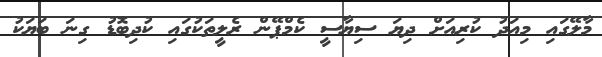
މާލޭގައި މިއަދު ކުރިއަށް ދިޔަ ސިޔާސީ ކެމްޕޭން ރެލީތަކުގައި ކުދިބޮޑު ގިނަ ބަޔަކު